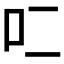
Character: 𰇇